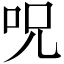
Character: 呪